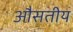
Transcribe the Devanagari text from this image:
औसतीय